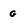
Character: G